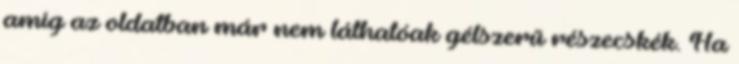
amíg az oldatban már nem láthatóak gélszerű részecskék. Ha